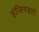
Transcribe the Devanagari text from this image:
इंजिनयरों